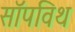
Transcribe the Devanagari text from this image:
सॉपविथ